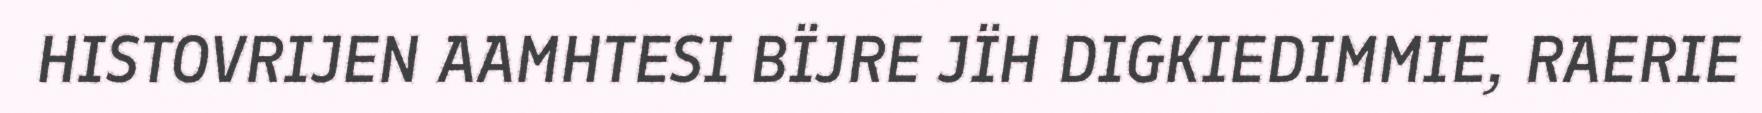
HISTOVRIJEN AAMHTESI BÏJRE JÏH DIGKIEDIMMIE, RAERIE